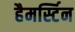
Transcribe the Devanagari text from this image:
हैमर्स्टिन